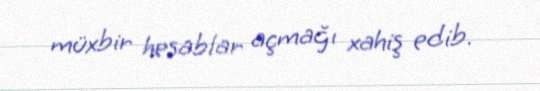
müxbir hesablar açmağı xahiş edib.